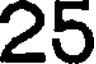
25